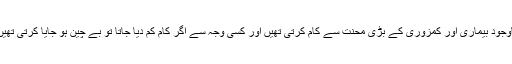
باوجود بیماری اور کمزوری کے بڑی محنت سے کام کرتی تھیں اور کسی وجہ سے اگر کام کم دیا جاتا تو بے چین ہو جایا کرتی تھیں۔